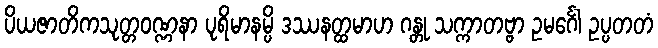
ပိယဇာတိကသုတ္တဝဏ္ဏနာ ပုရိမာနမ္ပိ ဒဿနတ္ထမာဟ ဂန္တု သက္ကာတဗ္ဗာ ဥမင်္ဂေါ ဥပ္ပတတံ